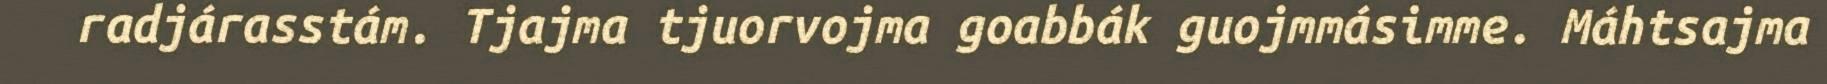
radjárasstám. Tjajma tjuorvojma goabbák guojmmásimme. Máhtsajma